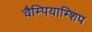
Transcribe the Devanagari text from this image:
चैम्पियाम्शिप